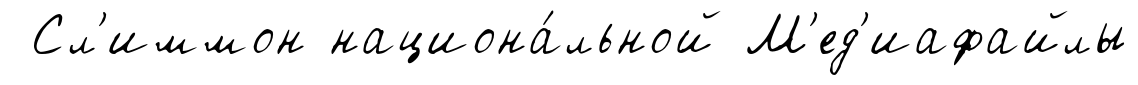
Сл'иммон национа́льной М'ед'иафайлы